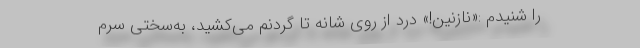
را شنیدم :«نازنین!» درد از روی شانه تا گردنم می‌کشید، به‌سختی سرم